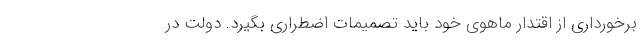
برخورداری از اقتدار ماهوی خود باید تصمیمات اضطراری بگیرد. دولت در